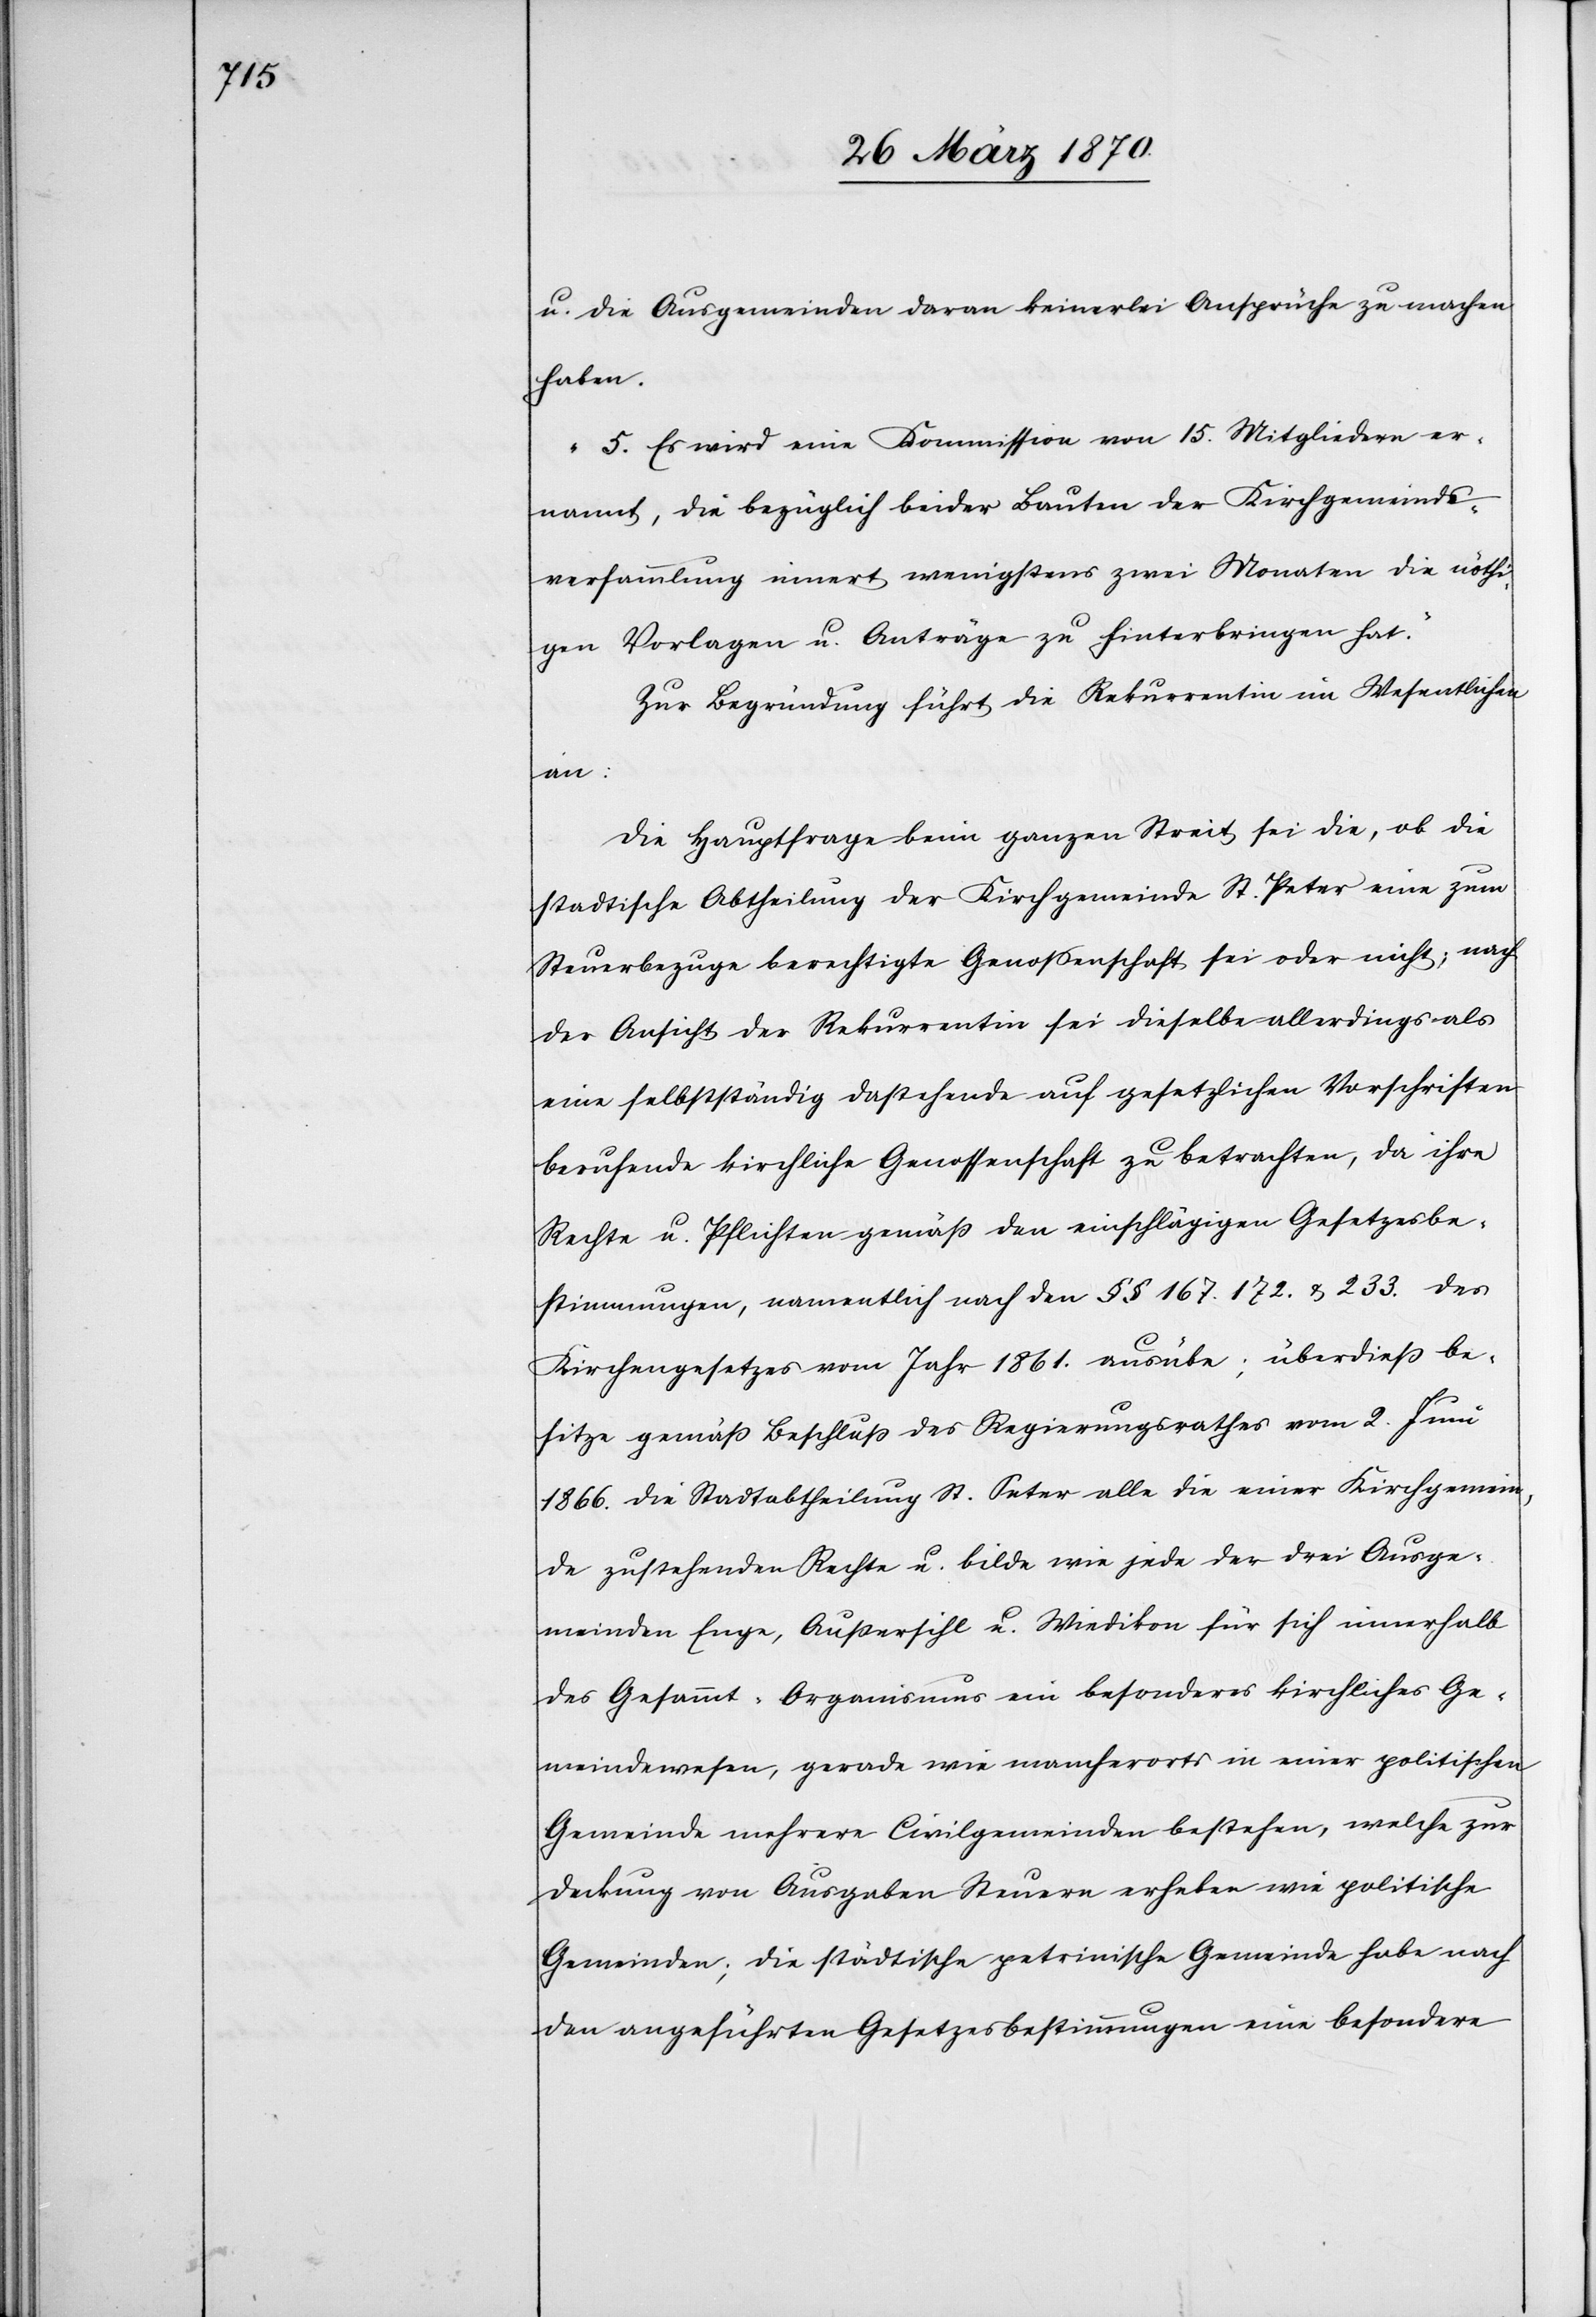
u. die Ausgemeinden daran keinerlei Ansprüche zu machen
haben
5. Es wird eine Kommission von 15. Mitgliedern er¬
nannt, die bezüglich beider Bauten der Kirchgemeinds¬
versammlung innert wenigstens zwei Monaten die nöthi¬
gen Vorlagen u. Anträge zu hinterbringen hat.“
Zur Begründung führt die Rekurrentin im Wesentlichen
an:
Die Hauptfrage beim ganzen Streit sei die, ob die
stadtische Abtheilung der Kirchgemeinde St. Peter eine zum
Steuerbezuge berechtigte Genossenschaft sei oder nicht; nach
der Ansicht der Rekurrentin sei dieselbe allerdings als
eine selbstständig dastehende auf gesetzliche Vorschriften
beruhende kirchliche Genossenschaft zu betrachten, da [sie]
Rechte u. Pflichten gemäß den einschlägigen Gesetzesbe¬
stimmungen, namentlich nach den §§ 167. 172. & 233. des
Kirchengesetzes vom Jahr 1861. ausübe; überdieß be¬
sitze gemäß Beschluß des Regierungsrathes vom 2. Juni
1866. die Stadtabtheilung St. Peter alle die einer Kirchgemein¬
de zustehenden Rechte u. bilde wie jede der drei Ausge¬
meinden Enge, Außersihl u. Wiedikon für sich innerhalb
des Gesammt-Organismus ein besonderes kirchliches Ge¬
meindewesen, gerade wie mancherorts in einer politischen
Gemeinde mehrere Civilgemeinden bestehen, welche zur
Deckung von Ausgaben Steuern erheben wie politische
Gemeinden; die städtische petrinische Gemeinde habe nach
den angeführten Gesetzesbestimmungen eine besondere